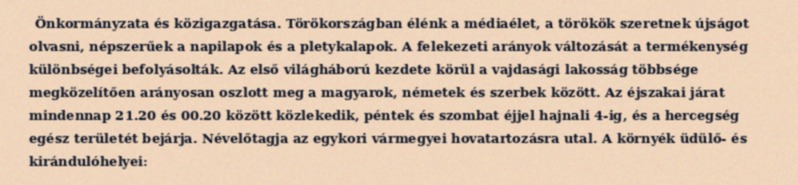
Önkormányzata és közigazgatása. Törökországban élénk a médiaélet, a törökök szeretnek újságot olvasni, népszerűek a napilapok és a pletykalapok. A felekezeti arányok változását a termékenység különbségei befolyásolták. Az első világháború kezdete körül a vajdasági lakosság többsége megközelítően arányosan oszlott meg a magyarok, németek és szerbek között. Az éjszakai járat mindennap 21.20 és 00.20 között közlekedik, péntek és szombat éjjel hajnali 4-ig, és a hercegség egész területét bejárja. Névelőtagja az egykori vármegyei hovatartozásra utal. A környék üdülő- és kirándulóhelyei: